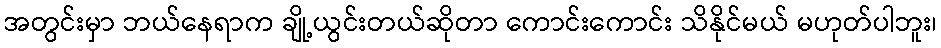
အတွင်းမှာ ဘယ်နေရာက ချို့ယွင်းတယ်ဆိုတာ ကောင်းကောင်း သိနိုင်မယ် မဟုတ်ပါဘူး၊